Madras plague regulations and rules for the inspection of inward and outward bound vessels - Volume 1
Disease focus: Plague
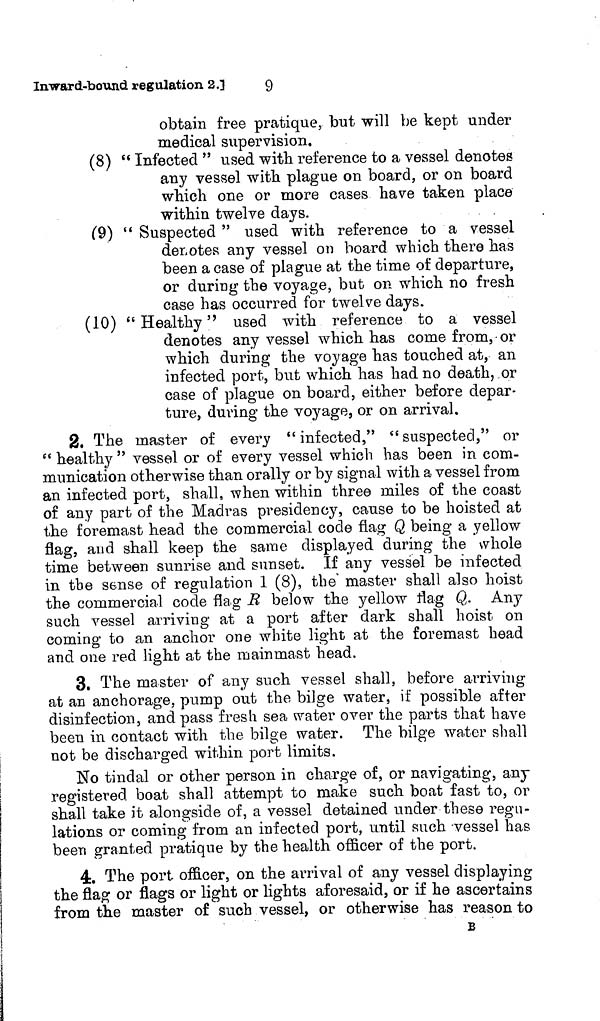
9
Inward-bound regulation 2.]
obtain free pratique, but will be kept under
medical supervision.
(8) " Infected " used with reference to a vessel denotes
any vessel with plague on board, or on board
which one or more cases have taken place
within twelve days.
(9) " Suspected " used with reference to a vessel
demotes any vessel on board which there has
been a case of plague at the time of departure,
or during the voyage, but on which no fresh
case has occurred for twelve days.
(10) "Healthy" used with reference to a vessel
denotes any vessel which has come from, or
which during the voyage has touched at, an
infected port, but which has had no death, or
case of plague on board, either before depar-
ture, during the voyage, or on arrival.
2. The master of every " infected," " suspected," or
" healthy " vessel or of every vessel which has been in com-
munication otherwise than orally or by signal with a vessel from
an infected port, shall, when within three miles of the coast
of any part of the Madras presidency, cause to be hoisted at
the foremast head the commercial code flag Q being a yellow
flag, and shall keep the same displayed during the whole
time between sunrise and sunset. If any vessel be infected
in the sense of regulation 1 (8), the master shall also hoist
the commercial code flag B below the yellow flag Q. Any
such vessel arriving at a port after dark shall hoist on
coming to an anchor one white light at the foremast head
and one red light at the mainmast head.
3. The master of any such vessel shall, before arriving
at an anchorage, pump out the bilge water, if possible after
disinfection, and pass fresh sea water over the parts that have
been in contact with the bilge water. The bilge water shall
not be discharged within port limits.
No tindal or other person in charge of, or navigating, any
registered boat shall attempt to make such boat fast to, or
shall take it alongside of, a vessel detained under these regu-
lations or coming from an infected port, until such -vessel has
been granted pratique by the health officer of the port.
4. The port officer, on the arrival of any vessel displaying
the flag or flags or light or lights aforesaid, or if he ascertains
from the master of such vessel, or otherwise has reason to
B